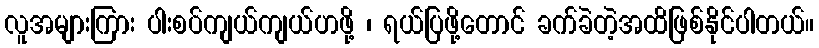
လူအများကြား ပါးစပ်ကျယ်ကျယ်ဟဖို့ ၊ ရယ်ပြဖို့တောင် ခက်ခဲတဲ့အထိဖြစ်နိုင်ပါတယ်။